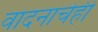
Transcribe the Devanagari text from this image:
वादनाचेही